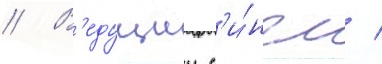
// В'едущии с'и́нгл /